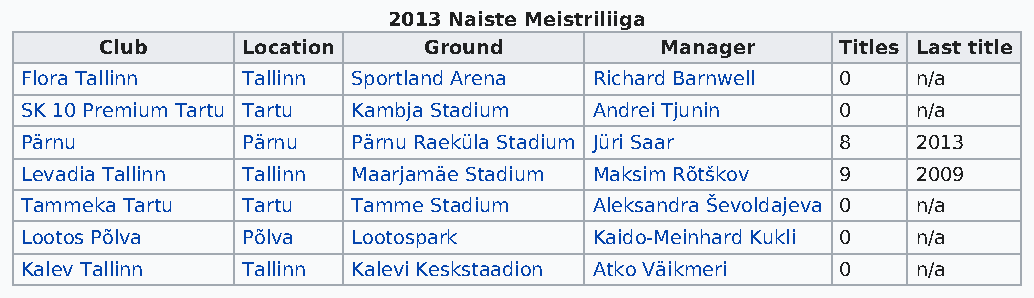
2013 Naiste Meistriliiga
 Club     Location    Ground          Manager     Titles Last title
 Flora Tallinn  Tallinn Sportland Arena Richard Barnwell 0   n/a
 SK 10 Premium Tartu Tartu Kambja Stadium Andrei Tjunin 0    n/a
 Pärnu          Pärnu  Pärnu Raeküla Stadium Jüri Saar  8    2013
 Levadia Tallinn Tallinn Maarjamäe Stadium Maksim Rõtškov 9  2009
 Tammeka Tartu  Tartu  Tamme Stadium   Aleksandra Ševoldajeva 0 n/a
 Lootos Põlva   Põlva  Lootospark      Kaido-Meinhard Kukli 0 n/a
 Kalev Tallinn  Tallinn Kalevi Keskstaadion Atko Väikmeri 0  n/a